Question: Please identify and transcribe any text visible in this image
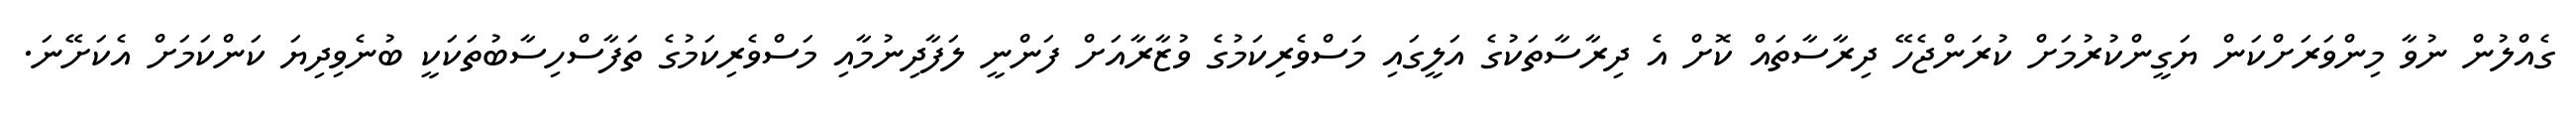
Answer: ގެއްލުން ނުވާ މިންވަރަށްކަން ޔަގީންކުރުމަށް ކުރަންޖެހޭ ދިރާސާތައް ކޮށް އެ ދިރާސާތަކުގެ އަލީގައި މަސްވެރިކަމުގެ ވުޒާރާއަށް ފަންނީ ލަފާދިނުމާއި މަސްވެރިކަމުގެ ތަފާސްހިސާބުތަކަކީ ބުނެވިދިޔަ ކަންކަމަށް އެކަށޭނަ.